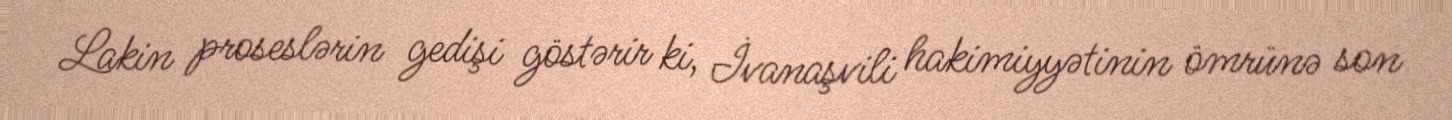
Lakin proseslərin gedişi göstərir ki, İvanaşvili hakimiyyətinin ömrünə son